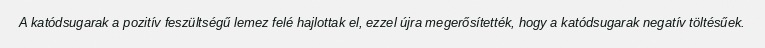
A katódsugarak a pozitív feszültségű lemez felé hajlottak el, ezzel újra megerősítették, hogy a katódsugarak negatív töltésűek.